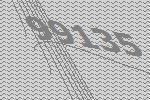
99135